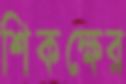
শিকক্ষের